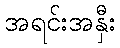
အရင်းအနှီး